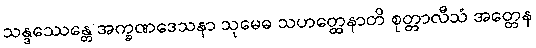
သန္ဒဿေန္တေ အက္ခဏဒေသနာ သုမေဓ သဟတ္ထေနာတိ စုတ္တာလီသံ အတ္တေန